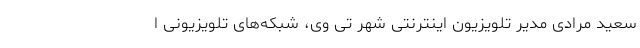
سعید مرادی مدیر تلویزیون اینترنتی شهر تی وی، شبکه‌های تلویزیونی ا